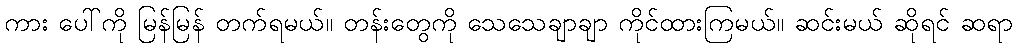
ကား ပေါ်ကို မြန်မြန် တက်ရမယ်။ တန်းတွေကို သေသေချာချာ ကိုင်ထားကြမယ်။ ဆင်းမယ် ဆိုရင် ဆရာ